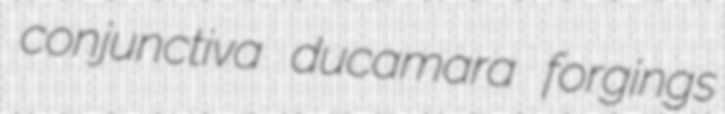
conjunctiva ducamara forgings